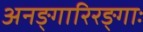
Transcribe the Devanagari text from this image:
अनङ्गारिरङ्गाः